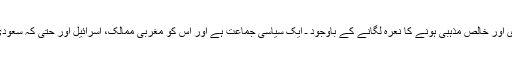
آیت اللہ اراکی یقین کے ساتھ کہتے ہیں کہ شیرازی فرقہ ـ سیاست سے دوری اور خالص مذہبی ہونے کا نعرہ لگانے کے باوجود ـ ایک سیاسی جماعت ہے اور اس کو مغربی ممالک، اسرائیل اور حتی کہ سعودی عرب کی طرف سے ہمہ جہت مالی اور تشہیری امداد فراہم کی جاتی ہے۔